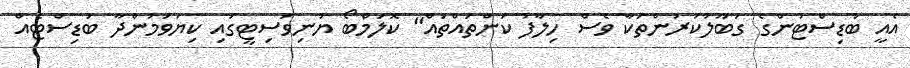
އެއީ ބުޑިސްޓުންގެ ގަބޫލުކުރުންތަކާ ވެސް ހިލާފު ކަންތައްތައް" ކޮލަމްބޯ ޔުނިވަސިޓީގައި ކިޔަވަމުންދާ ބުޑިސްޓެއް